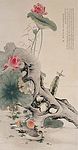
凝恨对残晖，忆君君不知。